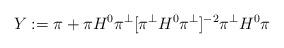
LaTeX: \begin{align*}Y:=\pi+\pi H^0 \pi^\perp [\pi^\perp H^0\pi^\perp]^{-2}\pi^\perp H^0 \pi\end{align*}